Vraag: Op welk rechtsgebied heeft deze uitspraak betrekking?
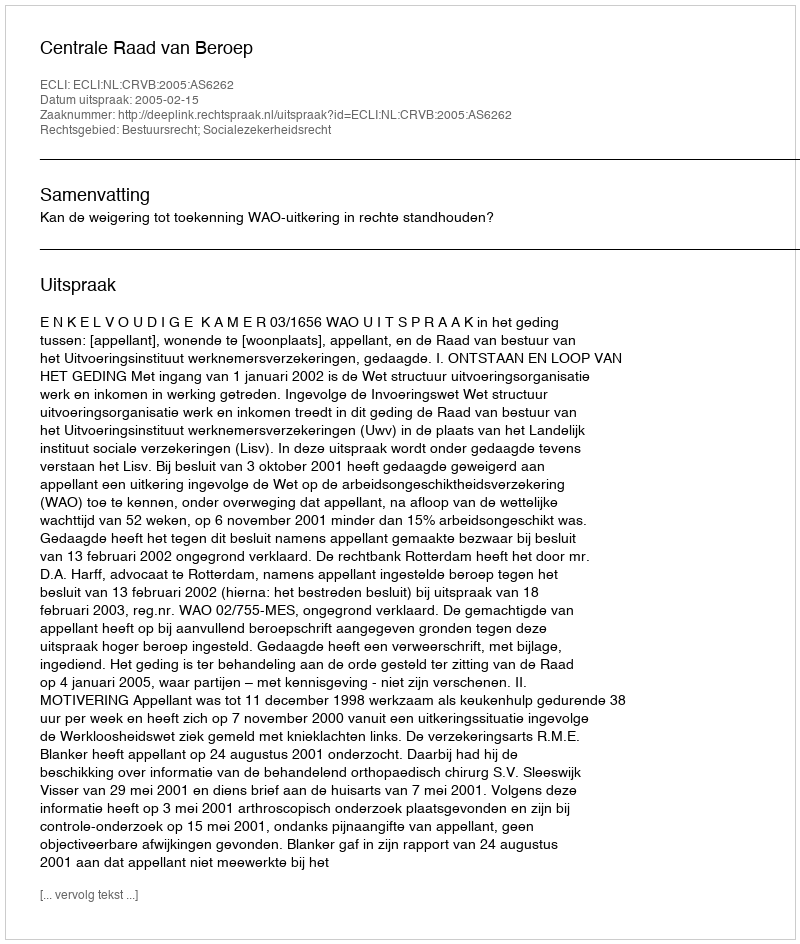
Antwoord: Bestuursrecht; Socialezekerheidsrecht